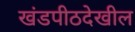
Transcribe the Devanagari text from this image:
खंडपीठदेखील